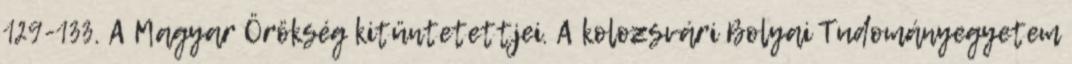
129-133. A Magyar Örökség kitüntetettjei. A kolozsvári Bolyai Tudományegyetem